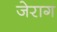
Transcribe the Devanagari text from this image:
जेराग